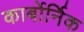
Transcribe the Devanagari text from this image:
कार्बोर्निक